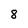
Character: 8